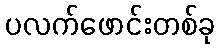
ပလက်ဖောင်းတစ်ခု